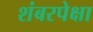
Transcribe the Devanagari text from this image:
शंबरपेक्षा